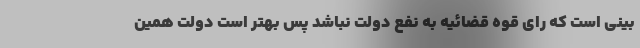
بینی است که رای قوه قضائیه به نفع دولت نباشد پس بهتر است دولت همین